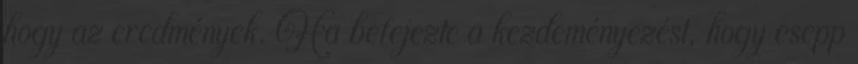
hogy az eredmények. Ha befejezte a kezdeményezést, hogy csepp